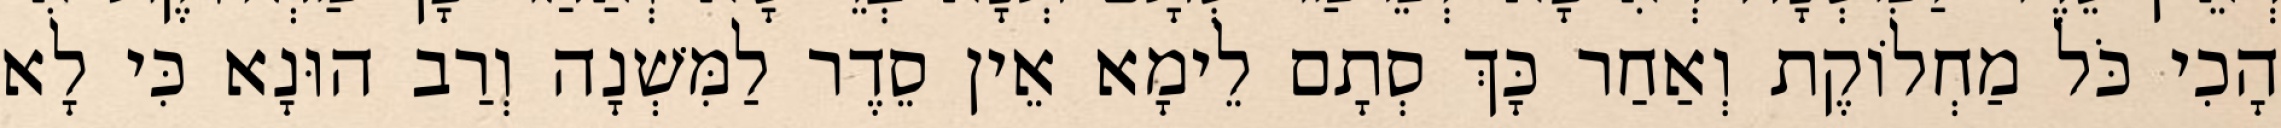
הָכִי כֹּל מַחְלוֹקֶת וְאַחַר כָּךְ סְתָם לֵימָא אֵין סֵדֶר לַמִּשְׁנָה וְרַב הוּנָא כִּי לָא